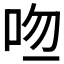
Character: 𠱎